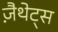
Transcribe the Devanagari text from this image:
ज़ैथेट्स